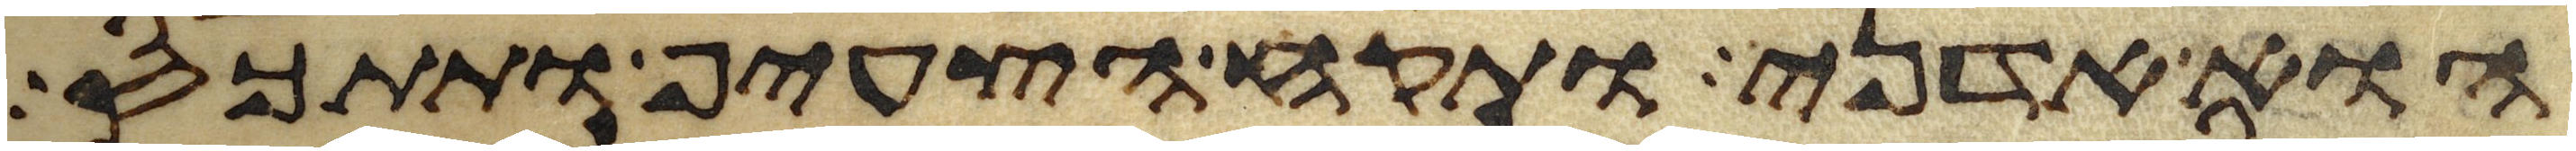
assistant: הוא אדני ותקח הצעיף ותתכס